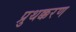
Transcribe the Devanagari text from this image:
प्रुथक्करण